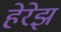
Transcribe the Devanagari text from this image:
हेरेझ